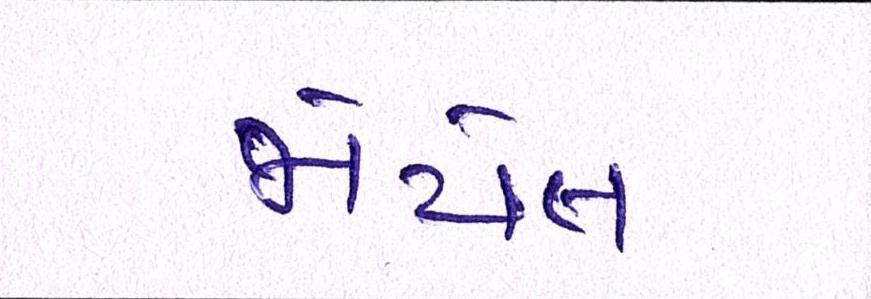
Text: જોયેલ